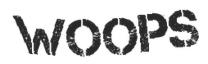
WOOPS